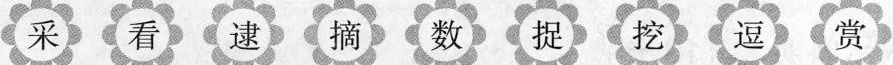
采 看 逮 摘 数 捉 挖 逗 赏